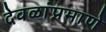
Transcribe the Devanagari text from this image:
देवळांप्रमाणे